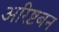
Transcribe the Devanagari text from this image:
अरिष्टबन